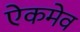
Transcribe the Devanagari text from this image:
ऐकमेव